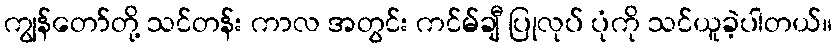
ကျွန်တော်တို့ သင်တန်း ကာလ အတွင်း ကင်မ်ချီ ပြုလုပ် ပုံကို သင်ယူခဲ့ပါတယ်။